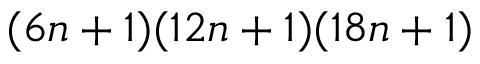
( 6 n + 1 ) ( 1 2 n + 1 ) ( 1 8 n + 1 )